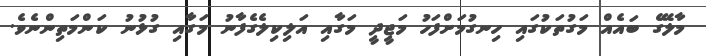
މާލޭގެ ބައެއް މަގުތަކުގައި ހިނގުމަށްފަހު މަޖީދީ މަގާއި އަލިކިލެގެފާނު މަގާއި ގުޅުނު ކަންމަތިންނެވެ.